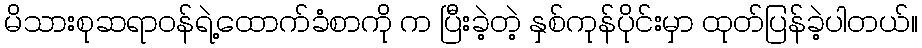
မိသားစုဆရာဝန်ရဲ့ထောက်ခံစာကို က ပြီးခဲ့တဲ့ နှစ်ကုန်ပိုင်းမှာ ထုတ်ပြန်ခဲ့ပါတယ်။